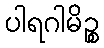
ပါရဂါမိဉ္စ